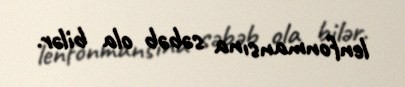
lenfonmansına səbəb ola bilər.